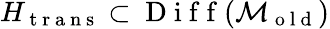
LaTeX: H_{\mathrm{~t~r~a~n~s~}}\subset\mathrm{~D~i~f~f~}(\mathcal{M}_{\mathrm{~o~l~d~}})